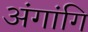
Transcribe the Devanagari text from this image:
अंगांगि